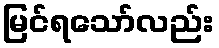
မြင်ရသော်လည်း